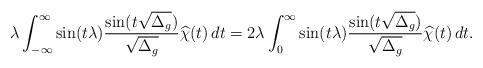
LaTeX: \begin{align*}\lambda\int_{-\infty}^\infty \sin(t\lambda)\frac{\sin(t\sqrt{ \smash[b]{ \Delta_g } })}{\sqrt{ \smash[b]{ \Delta_g } }}\widehat{\chi}(t)\,dt=2\lambda\int_{0}^\infty \sin(t\lambda)\frac{\sin(t\sqrt{ \smash[b]{ \Delta_g } })}{\sqrt{ \smash[b]{ \Delta_g } }}\widehat{\chi}(t)\,dt.\end{align*}